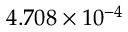
4 . 7 0 8 \times 1 0 ^ { - 4 }